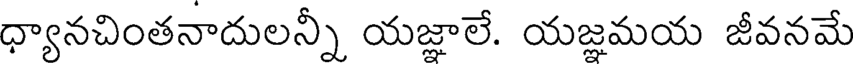
ధ్యానచింతనాదులన్నీ యజ్ఞాలే. యజ్ఞమయ జీవనమే